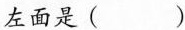
左面是()